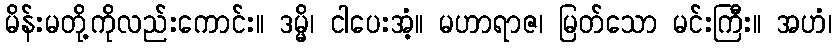
မိန်းမတို့ကိုလည်းကောင်း။ ဒမ္မိ၊ ငါပေးအံ့။ မဟာရာဇ၊ မြတ်သော မင်းကြီး။ အဟံ၊